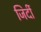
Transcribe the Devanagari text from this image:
जिर्दी